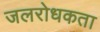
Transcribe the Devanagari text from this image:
जलरोधकता